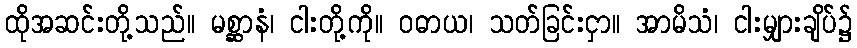
ထိုအဆင်းတို့သည်။ မစ္ဆာနံ၊ ငါးတို့ကို။ ဝဓာယ၊ သတ်ခြင်းငှာ။ အာမိသံ၊ ငါးမျှားချိပ်၌